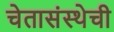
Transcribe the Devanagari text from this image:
चेतासंस्थेची